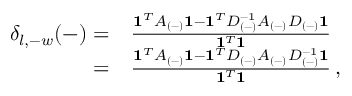
\begin{array} { r l } { \delta _ { l , - w } ( - ) = } & { \frac { \mathbf { 1 } ^ { T } A _ { ( - ) } \mathbf { 1 } - \mathbf { 1 } ^ { T } D _ { ( - ) } ^ { - 1 } A _ { ( - ) } D _ { ( - ) } \mathbf { 1 } } { \mathbf { 1 } ^ { T } \mathbf { 1 } } } \\ { = } & { \frac { \mathbf { 1 } ^ { T } A _ { ( - ) } \mathbf { 1 } - \mathbf { 1 } ^ { T } D _ { ( - ) } A _ { ( - ) } D _ { ( - ) } ^ { - 1 } \mathbf { 1 } } { \mathbf { 1 } ^ { T } \mathbf { 1 } } \, , } \end{array}